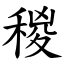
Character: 稯